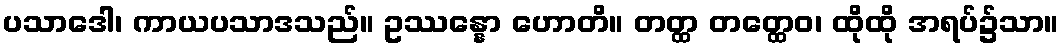
ပသာဒေါ၊ ကာယပသာဒသည်။ ဥဿန္နော ဟောတိ။ တတ္ထ တတ္ထေဝ၊ ထိုထို အရပ်၌သာ။